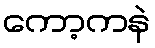
ကော့ကနဲ